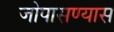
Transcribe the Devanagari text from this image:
जोपासण्यास